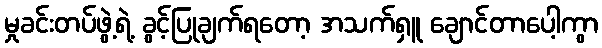
မှုခင်းတပ်ဖွဲ့ရဲ့ ခွင့်ပြုချက်ရတော့ အသက်ရှူ ချောင်တာပေါ့ကွာ